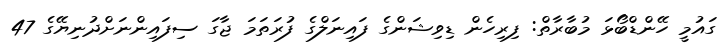
ގައުމީ ހޭންޑްބޯޅަ މުބާރާތް: ފިރިހެން ޑިވިޝަންގެ ފައިނަލްގެ ފުރަތަމަ ޖާގަ ސިފައިންނަށްދުނިޔޭގެ 47